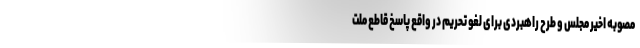
مصوبه اخیر مجلس و طرح راهبردی برای لغو تحریم در واقع پاسخ قاطع ملت